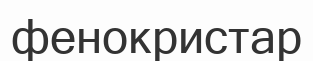
фенокристар